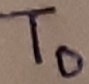
Text: T0